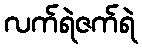
လက်ရဲဇက်ရဲ